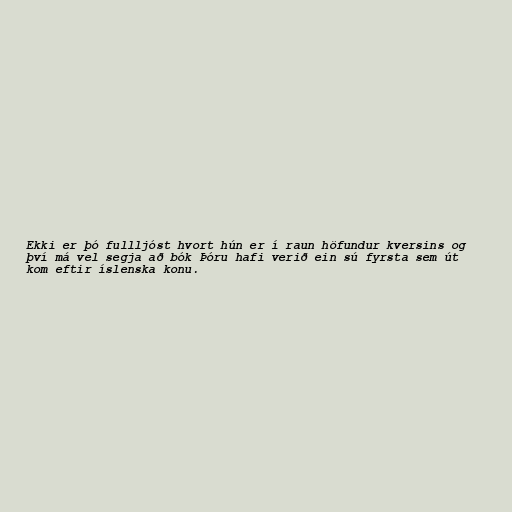
Ekki er þó fullljóst hvort hún er í raun höfundur kversins og
því má vel segja að bók Þóru hafi verið ein sú fyrsta sem út
kom eftir íslenska konu.